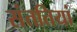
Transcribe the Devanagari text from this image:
संततियां